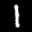
Label: 1